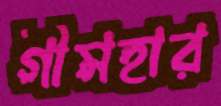
গীমহার